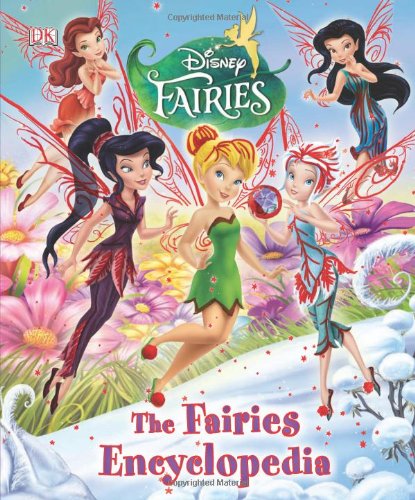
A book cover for Disney Fairies: The Fairies Encyclopedia; DK Publishing; Humor & Entertainment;